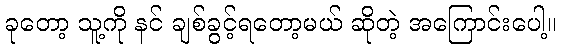
ခုတော့ သူ့ကို နင် ချစ်ခွင့်ရတော့မယ် ဆိုတဲ့ အကြောင်းပေါ့။